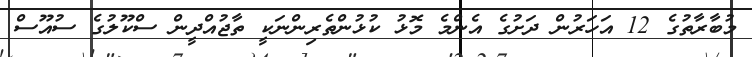
މުބާރާތުގެ 12 އަހަރުން ދަށުގެ އެންމެ މޮޅު ކުޅުންތެރިންނަކީ ތާޖުއްދީން ސްކޫލުގެ ސުއޫސް